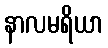
နာလမရိယာ